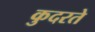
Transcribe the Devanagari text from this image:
कुदरते